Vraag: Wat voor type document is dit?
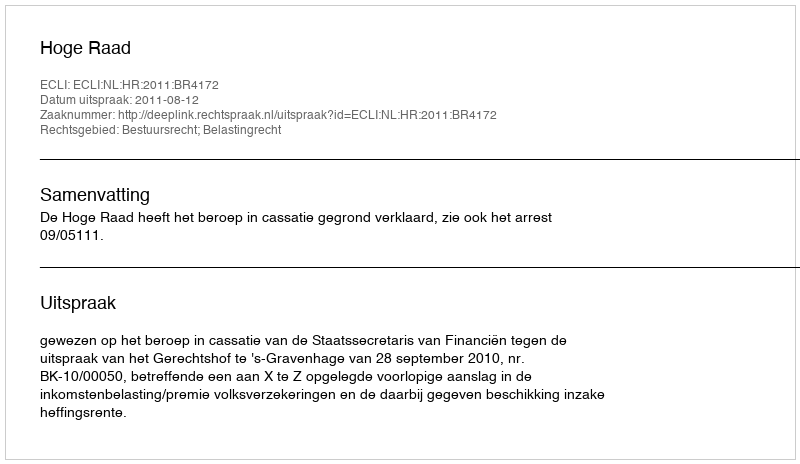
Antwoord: Uitspraak